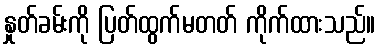
နှုတ်ခမ်းကို ပြတ်ထွက်မတတ် ကိုက်ထားသည်။